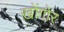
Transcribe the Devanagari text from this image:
ख़ोंगोर